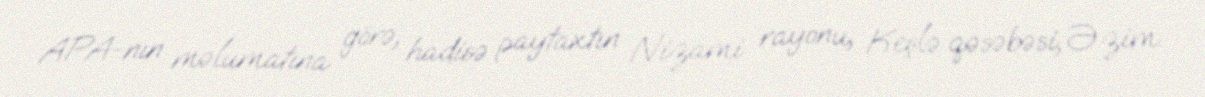
APA-nın məlumatına görə, hadisə paytaxtın Nizami rayonu, Keşlə qəsəbəsi, Əzim